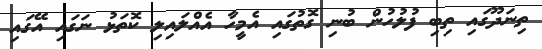
ތިނަދޫގައި ތިބި ފުލުހުން ބުނި ގޮތުގައި އެމީހާ އެއްލައިލި ކޮތަޅު ނަގައި އޭގައި